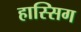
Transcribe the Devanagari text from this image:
हास्सिग